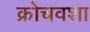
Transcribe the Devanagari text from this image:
क्रोचवशा